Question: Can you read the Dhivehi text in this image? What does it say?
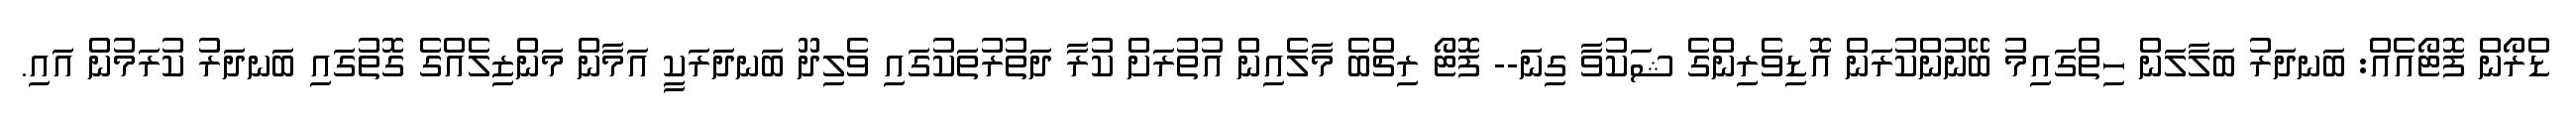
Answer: ޑްރޯން ފޮޓޯއެއް: ބަނދަރު ބަލާލަން ހިތްގައިމު ބޭނުންކުރަން އޮޑިވެރިންގެ ޝަކުވާ ގިނަ-- ފޮޓޯ ރިޗްބެ މާލެއިން އުތުރަށް ކުރާ ދަތުރުތަކުގައި ވެލިދޫ ބަނދަރަކީ އަމާން މަންޒިލެއްގެ ގޮތުގައި ބަނދަރު ކުރަމުން އައި.